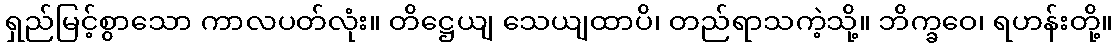
ရှည်မြင့်စွာသော ကာလပတ်လုံး။ တိဋ္ဌေယျ သေယျထာပိ၊ တည်ရာသကဲ့သို့။ ဘိက္ခဝေ၊ ရဟန်းတို့။